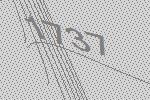
1737